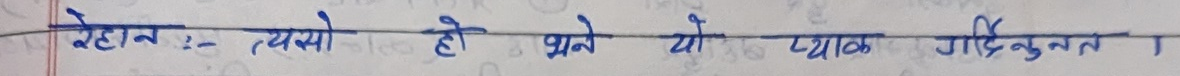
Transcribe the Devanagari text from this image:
हेटौंडा:-त्यसो हो भने यो प्याक गर्दिनुस् ।